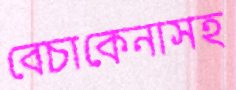
বেচাকেনাসহ